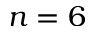
n = 6